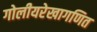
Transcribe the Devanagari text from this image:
गोलीयरेखागणित